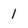
Character: 1